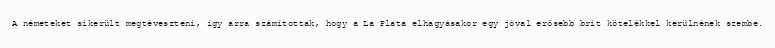
A németeket sikerült megtéveszteni, így arra számítottak, hogy a La Plata elhagyásakor egy jóval erősebb brit kötelékkel kerülnének szembe.